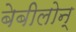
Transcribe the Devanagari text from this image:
बेबीलोन्